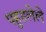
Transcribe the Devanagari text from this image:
पहुडलेले